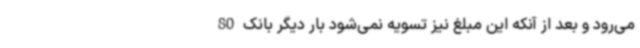
می‌رود و بعد از آنکه این مبلغ نیز تسویه نمی‌شود بار دیگر بانک 80